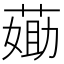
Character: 𦷵